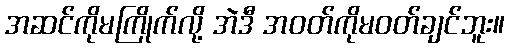
အဆင်ကိုမကြိုက်လို့ အဲဒီ အဝတ်ကိုမဝတ်ချင်ဘူး။